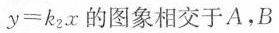
$$y = k_{2} x$$的图象相交于A，B